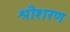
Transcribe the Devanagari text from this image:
श्रीशरण